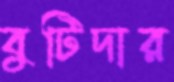
বুটিদার